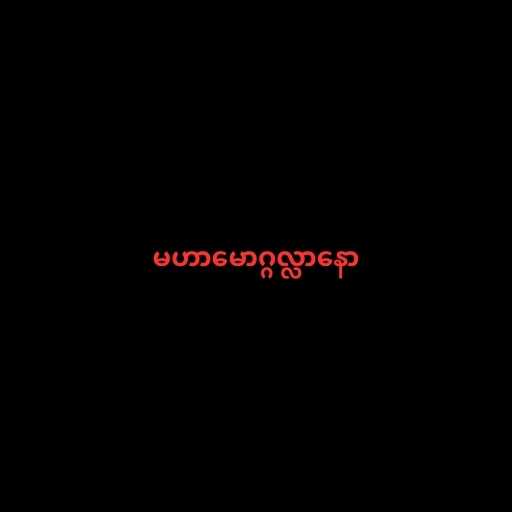
မဟာမောဂ္ဂလ္လာနော